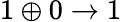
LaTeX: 1\oplus 0\rightarrow 1